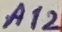
Text: A12